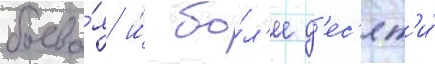
боева́я и́ бо́л'ее д'ес'ят'и́